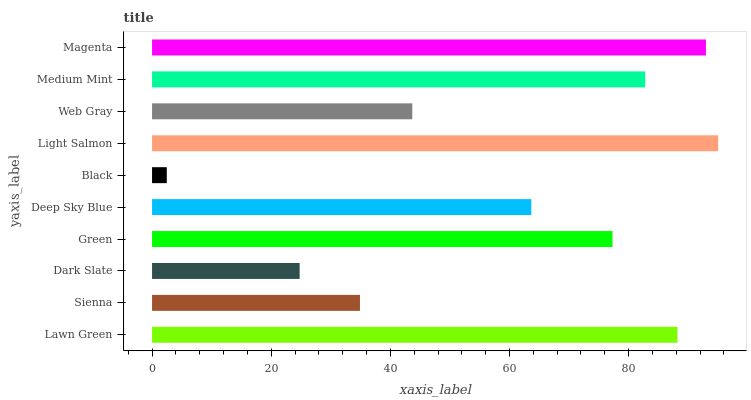
| yaxis_label | bars |
 | --- | --- |
 | Lawn Green | 88.2 |
 | Sienna | 34.9 |
 | Dark Slate | 24.8 |
 | Green | 77.3 |
 | Deep Sky Blue | 63.7 |
 | Black | 2.48 |
 | Light Salmon | 95 |
 | Web Gray | 43.7 |
 | Medium Mint | 82.8 |
 | Magenta | 93 |